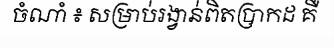
ចំណាំ ៖ សម្រាប់រង្វាន់ពិតប្រាកដ គឺ